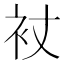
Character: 𧘓